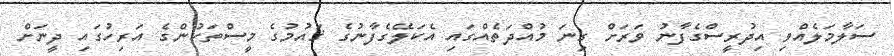
ސަލާމަލެއްވި އިދުރީސްގެފާނު ވަރަށް ގިނަ މުއްދަތެއްގައި އެކަލޭގެފާނުގެ ޤައުމުގެ މީސްތަކުންގެ އަރިހުގައި ދީނަށް